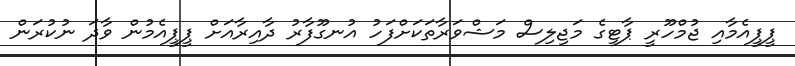
ޕީޕީއެމާއި ޖުމްހޫރީ ޕާޓީގެ މަޖިލިސް މަޝްވަރާތަކަށްފަހު އުނގޫފާރު ދާއިރާއަށް ޕީޕީއެމުން ވާދަ ނުކުރަން